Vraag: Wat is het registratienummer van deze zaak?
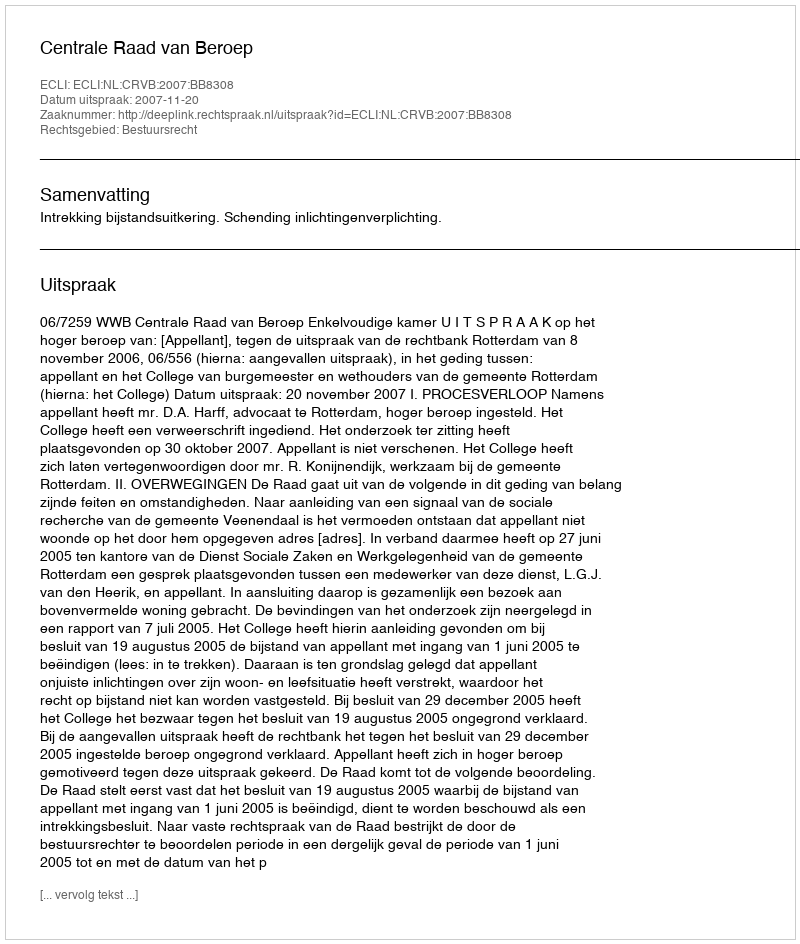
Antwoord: http://deeplink.rechtspraak.nl/uitspraak?id=ECLI:NL:CRVB:2007:BB8308